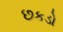
છકડો